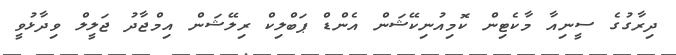
ދިރާގުގެ ސީނިއާ މާކެޓިން ކޮމިއުނިކޭޝަން އެންޑް ޕަބްލިކް ރިލޭޝަން އިމްޖާދު ޖަލީލް ވިދާޅުވީ